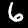
Digit: 6